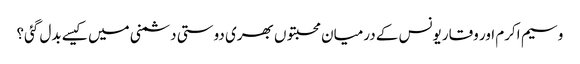
وسیم اکرم اور وقار یونس کے درمیان محبتوں بھری دوستی دشمنی میں کیسے بدل گئی؟